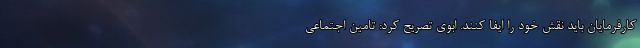
کارفرمایان باید نقش خود را ایفا کنند. ابوی تصریح کرد: تامین اجتماعی